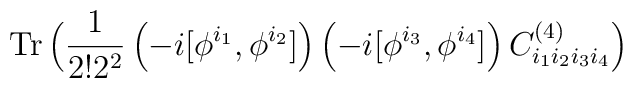
\hbox{Tr}\,\Big( {\frac{1}{ 2! 2^2}}\left(-i[\phi^{i_1},\phi^{i_2}]\right)\left(-i[\phi^{i_3},\phi^{i_4}]\right) C^{(4)}_{i_1 i_2 i_3 i_4}\Big)